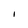
Character: I